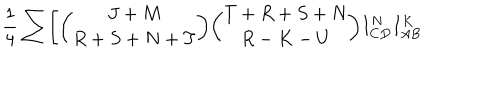
{ \frac { 1 } { 4 } } \sum \Biggl [ { \binom { J + M } { R + S + N + T } } { \binom { T + R + S + N } { R - K - U } } I _ { C D } ^ { N } I _ { A B } ^ { K }